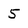
Character: 5